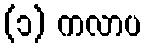
(၁) ကလာပ